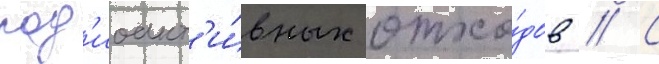
рад'иоакт'и́вных отхо́дов // С